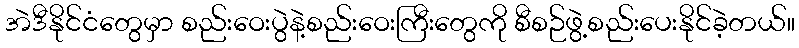
အဲဒီနိုင်ငံတွေမှာ စည်းဝေးပွဲနဲ့စည်းဝေးကြီးတွေကို စီစဉ်ဖွဲ့စည်းပေးနိုင်ခဲ့တယ်။